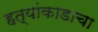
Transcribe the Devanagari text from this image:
हत्यांकाडाचा